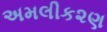
અમલીક૨ણ